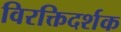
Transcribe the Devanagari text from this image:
विरक्तिदर्शक